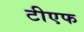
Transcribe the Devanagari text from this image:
टीएफ